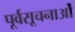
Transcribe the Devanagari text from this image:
पूर्वसूचनाओं